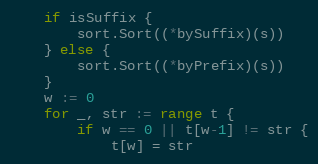
Language: Go
	if isSuffix {
		sort.Sort((*bySuffix)(s))
	} else {
		sort.Sort((*byPrefix)(s))
	}
	w := 0
	for _, str := range t {
		if w == 0 || t[w-1] != str {
			t[w] = str